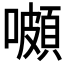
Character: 𡂄